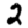
Digit: 2